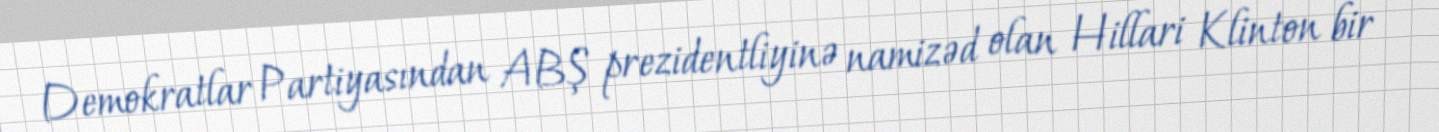
Demokratlar Partiyasından ABŞ prezidentliyinə namizəd olan Hillari Klinton bir